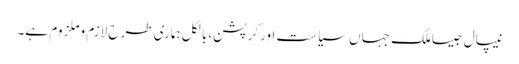
نیپال جیساملک جہاں سیاست اورکرپشن،بالکل ہماری طرح لازم وملزوم ہے۔